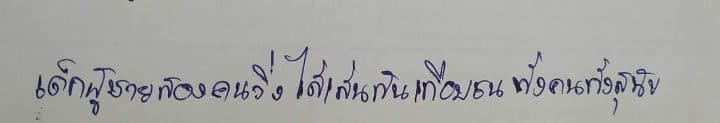
เด็กผู้ชายสองคนวิ่งไล่เล่นกันเกือบชนทั้งคนทั้งสุนัข